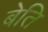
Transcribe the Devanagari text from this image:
बेति